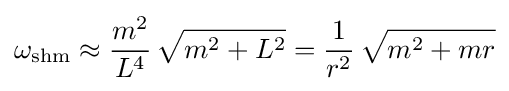
\omega _{\rm {shm}}\approx {\frac {m^{2}}{L^{4}}}\,{\sqrt {m^{2}+L^{2}}}={\frac {1}{r^{2}}}\,{\sqrt {m^{2}+mr}}